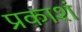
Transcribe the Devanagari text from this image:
प्रकाशं